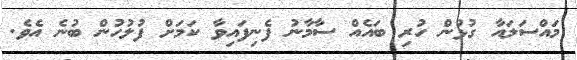
މައްސަލައާ ގުޅުން ހުރި ބައެއް ސާމާނު ފެނިފައިވާ ކަމަށް ފުލުހުން ބުނެ އެވެ.